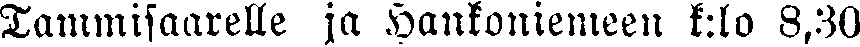
Tammisaarelle ja Hankoniemeen k:lo 8,30